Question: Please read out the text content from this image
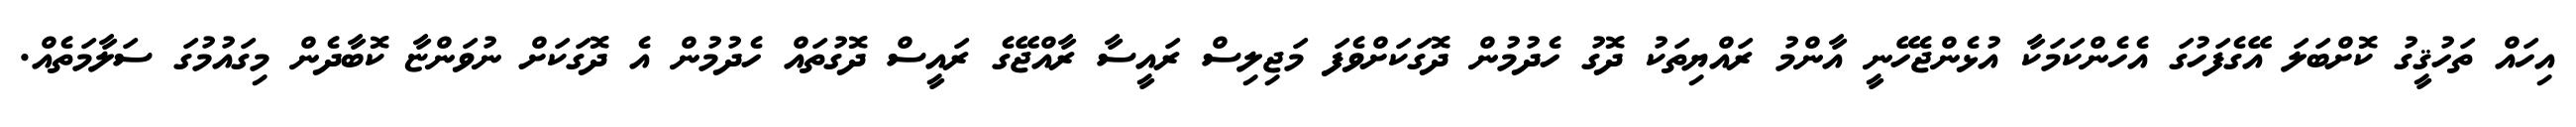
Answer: އިހައް ތަހުޤީގު ކޮށްބަލަ އޭގެފަހުގަ އެހެންކަމަކާ އުޅެންޖެހޭނީ އާންމު ރައްޔިތަކު ދޮގު ހެދުމުން ދޮގަކަށްވެފަ މަޖިލިސް ރައީސާ ރާއްޖޭގެ ރައީސް ދޮގުތައް ހެދުމުން އެ ދޮގަކަށް ނުވަންޏާ ކޮބާދެން މިގައުމުގަ ސަލާމަތެއް.